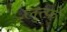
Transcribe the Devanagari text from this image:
लुत्फ़े